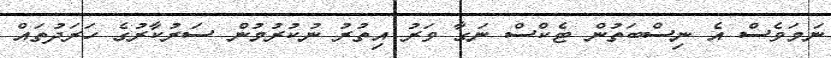
ނަމަވެސް އެ ނިސްބަަތުން ޓެކްސް ނަގާ ވަރު އިތުރު ނުކުރުމުން ސަރުކާރުގެ ހަރަދުތައް